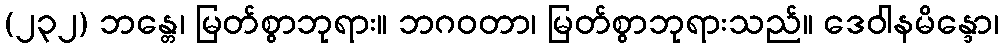
(၂၃၂) ဘန္တေ၊ မြတ်စွာဘုရား။ ဘဂဝတာ၊ မြတ်စွာဘုရားသည်။ ဒေဝါနမိန္ဒော၊